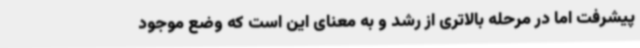
پیشرفت اما در مرحله بالاتری از رشد و به معنای این است که وضع موجود